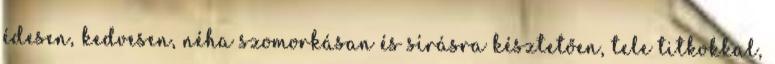
édesen, kedvesen, néha szomorkásan és sírásra késztetően, tele titkokkal,